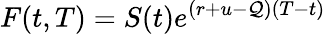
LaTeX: F(t,T)=S(t)e^{(r+u-\mathcal{Q})(T-t)}